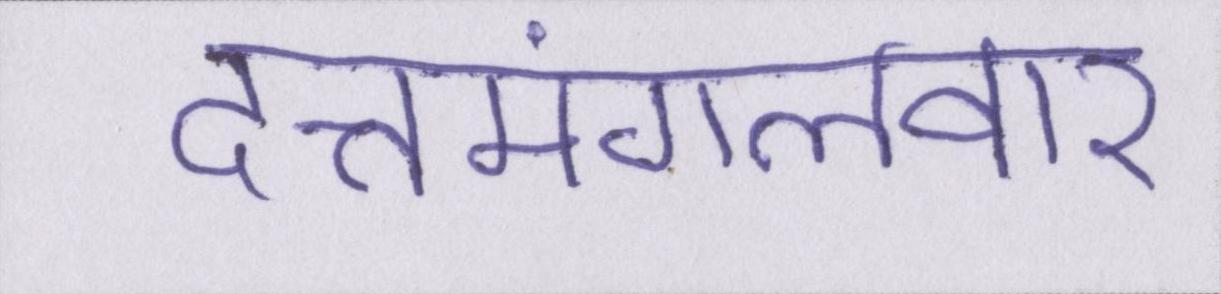
दत्तमंगलवार